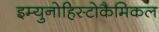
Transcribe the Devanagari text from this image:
इम्युनोहिस्टोकैमिकल